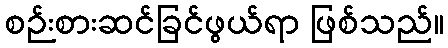
စဉ်းစားဆင်ခြင်ဖွယ်ရာ ဖြစ်သည်။